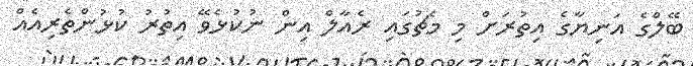
ބޭލްގެ އަނިޔާގެ އިތުރަށް މި މެޗުގައި ރެއާލް އިން ނުކުޅެވޭ އިތުރު ކުޅުންތެރިއެއް